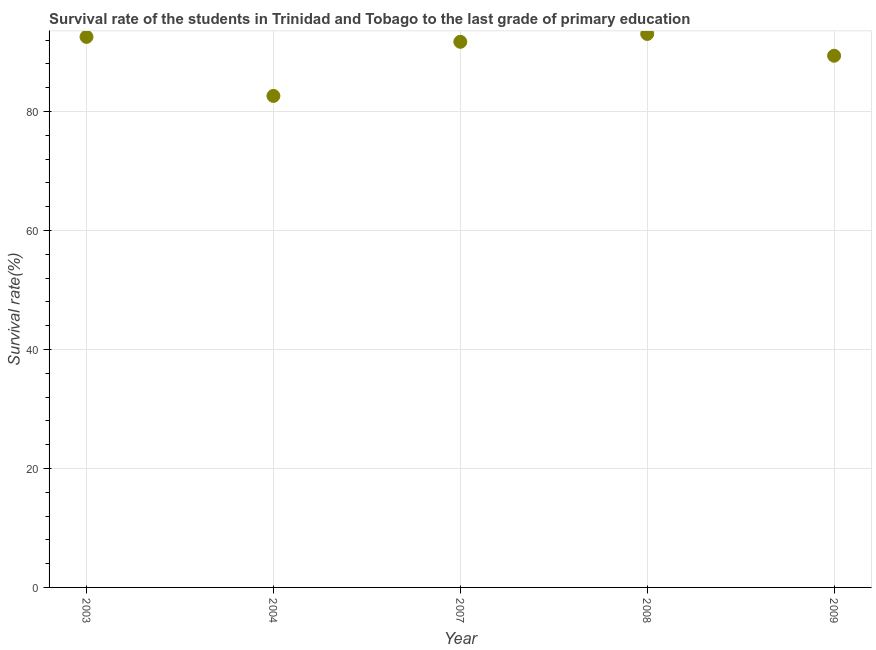
| Year | Primary Education |
 | --- | --- |
 | 2003 | 92.6 |
 | 2004 | 82.6 |
 | 2007 | 91.7 |
 | 2008 | 93.1 |
 | 2009 | 89.4 |